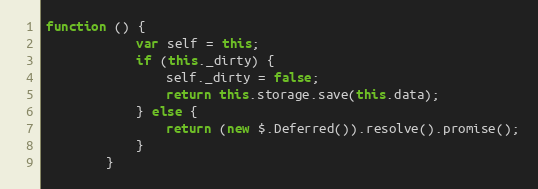
Language: JavaScript
function () {
            var self = this;
            if (this._dirty) {
                self._dirty = false;
                return this.storage.save(this.data);
            } else {
                return (new $.Deferred()).resolve().promise();
            }
        }